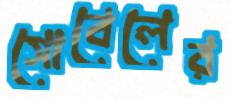
সোবেলের